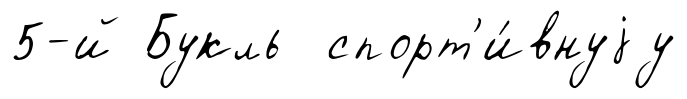
5-й Букль спорт'и́внуjу